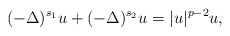
\begin{align*} (-\Delta)^{s_1} u +(-\Delta)^{s_2} u =|u|^{p-2} u,\end{align*}